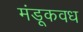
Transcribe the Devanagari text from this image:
मंडूकवध